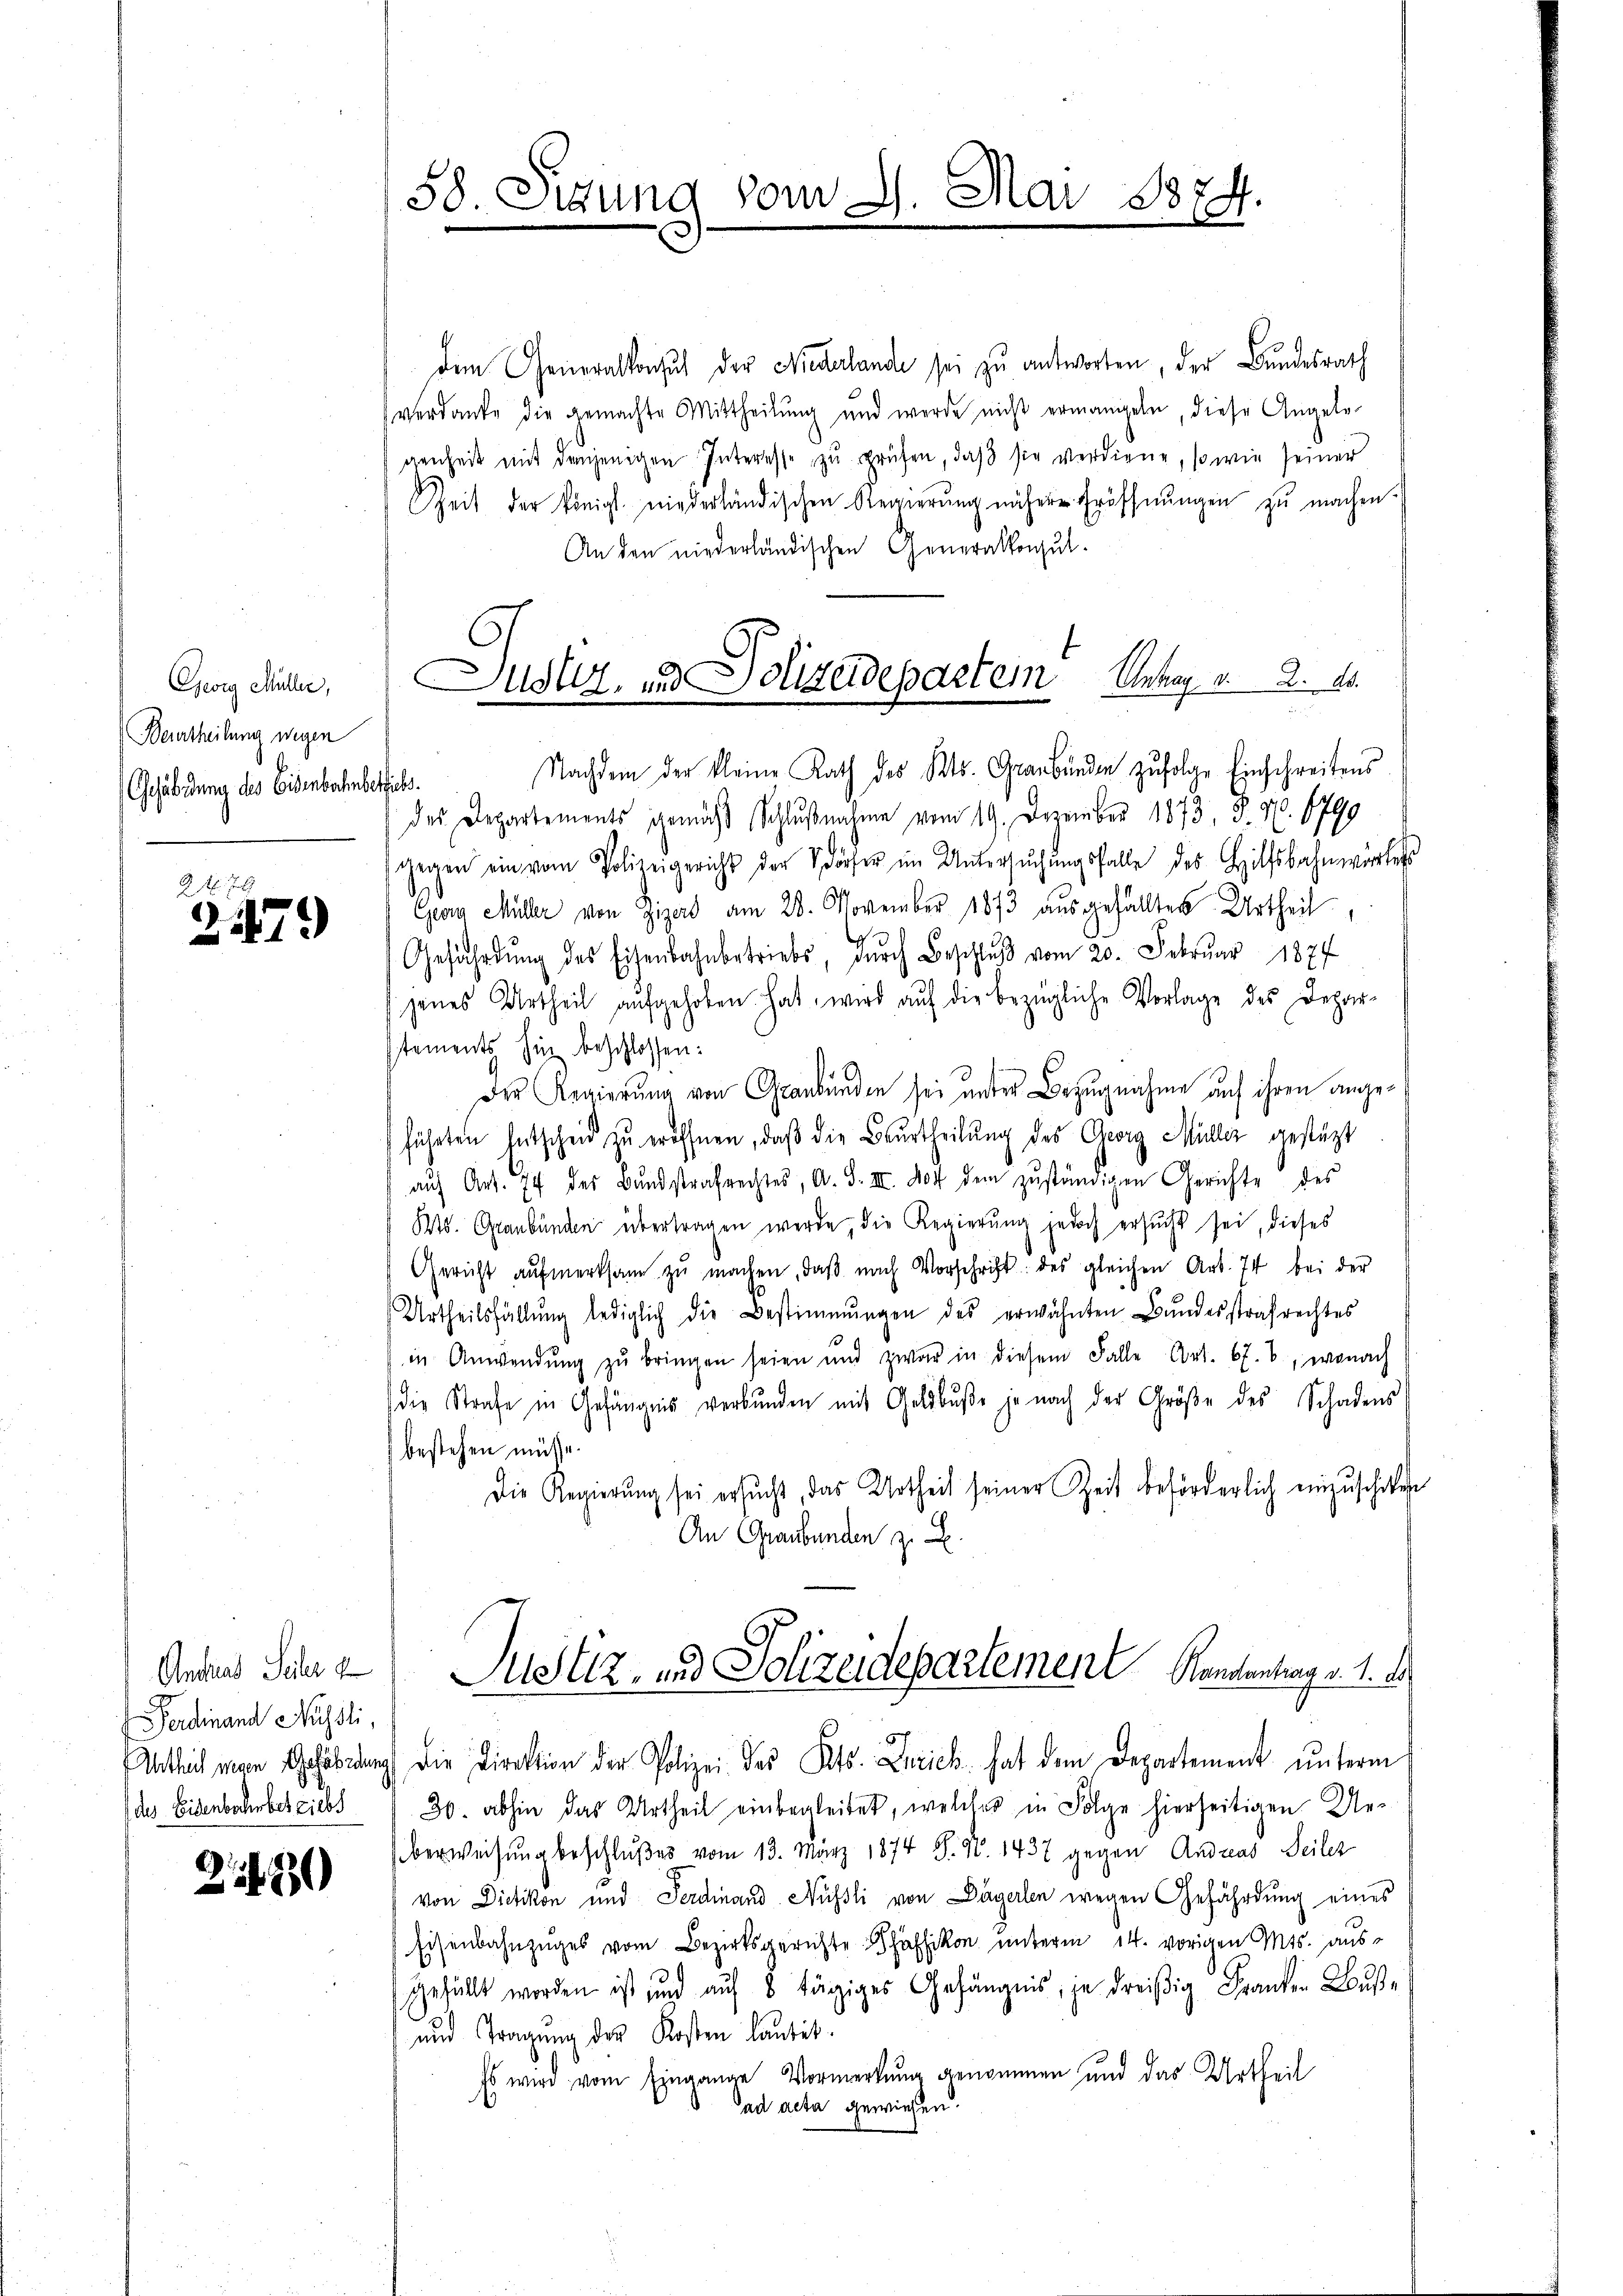
Ewig Müller,
Beurtheilung wegen
Gehäbidung des Eisenbahnbesties.

F.
21179

Andreas Seher g
 Ferdinand Mühsli,
des Eisenbahr betriebs

2420

dem Generalkonsul der Niederlande sei zu antworten, der Bundesrath
verdanke die gemachte Mittheilung und werde nicht ermangeln, diese Angele-
genheit mit denjenigen Interesse zŭ prüfen, daβ sie verdiene, so wie seiner
Zeit der königl. niederländischen Regierŭng nähere Eröffnŭngen zŭ machen.
An den niederländischen Generalkonsul-
des Departements gemäß Schlußnahme vom 19. Dezember 1873, S. 46. 1790
gegen ein vom Polizeigericht der dörfer im Untersŭchŭngsfalle des Hilfsbahnwertes
Georg Müller von Zizard am 28. November 1873 ausgefällten Urtheil
Gefährdŭng des Eisenbahnbetriebs, dŭrch Beschlŭβ vom 20. Februar 1877
jenes Urtheil aŭfgehoben hat, wird aŭf die bezügliche Vorlage des Depar-
tements hin beschlossen:
Der Regierung von Graubünden sei unter Bezugnahme auf ihren angeführten Entscheid zu eröffnen, daβ die Beurtheilung des Georg Müller gestützt
auf Art. 74 des Bundstrafrechtes, A. S. III. Not dem zŭständigen Gerichte des
245. Graubünden übertragen werde, die Regierung jedoch ersucht sei, dieses
Gericht aŭfmerksam zŭ machen, daβ nach Vorschrift des gleichen Art. 74 bei der
Urtheilsfällŭng lediglich die Bestimmungen des erwähnten Bŭndesstrafrechtes
in Anwendŭng zŭ bringen seien und zwar in diesem Falle Art. 67. 8, wonach
die Strafe in Gefängnis verbunden mit Geldbuße je nach der Größe des Schadens
bestehen müsse.
Die Regierung sei ersucht, das Urtheil seiner Zeit beförderlich einzuschiken
An Graubünden z. B.
Justiz, und Polizeidepartement Handentrag v. 1.
Antlich man Gefährdung die Direktion der Polizei des Kts. Zürich hat dem Departement unterm
36. abhin das Urtheil einbegleitet, welches in Folge hierseitigen Ue-
Überweisung beschlußes vom 13. März 1874 S. Nr. 1437 gegen Andreas Seiler
von Dietikon und Ferdinand Nüssli von Dägerlen wegen Gefährdung eines
Eisenbahnzuges vom Bezirksgerichte Schäffikon unterm 14. vorigen Mts. ausgefüllt worden ist und auf 8 tägiges Gefängnis, je dreißig Franken Buß¬
und Tragung der Kosten lautet.
Es wird vom Eingange Vormerkung genommen und das Urtheil
ad acta gewiesen.

58. Sizung vom 2. Mai 1874.

Justiz, und Polizeidepartem Antrag v. 2.
Nachdem der kleine Rath des Kts. Graubünde zŭfolge Einschreibens